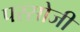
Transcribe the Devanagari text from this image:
परसोजी